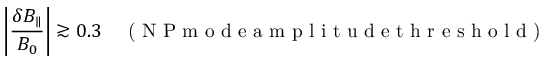
\left| \frac { \delta B _ { \parallel } } { B _ { 0 } } \right| \gtrsim 0 . 3 \quad \textrm { ( N P m o d e a m p l i t u d e t h r e s h o l d ) }